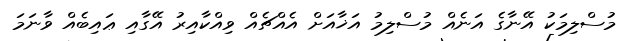
މުސްލިމަކު އޭނާގެ އަނެއް މުސްލިމު އަޚާއަށް އެއްޗެއް ވިއްކާއިރު އޭގާއި ޢައިބެއް ވާނަމަ